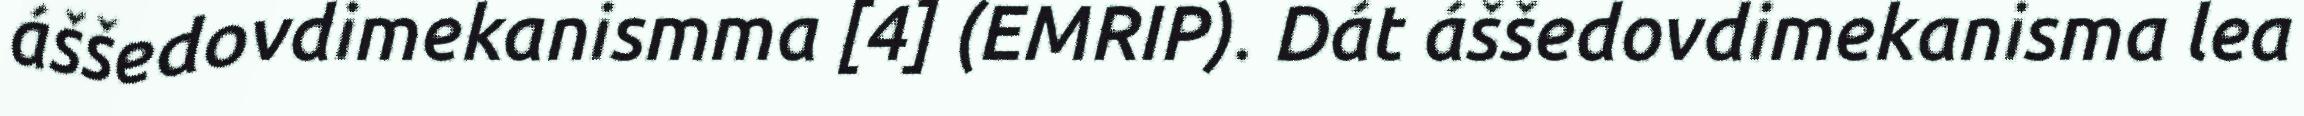
áššedovdimekanismma [4] (EMRIP). Dát áššedovdimekanisma lea